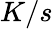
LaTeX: K/s